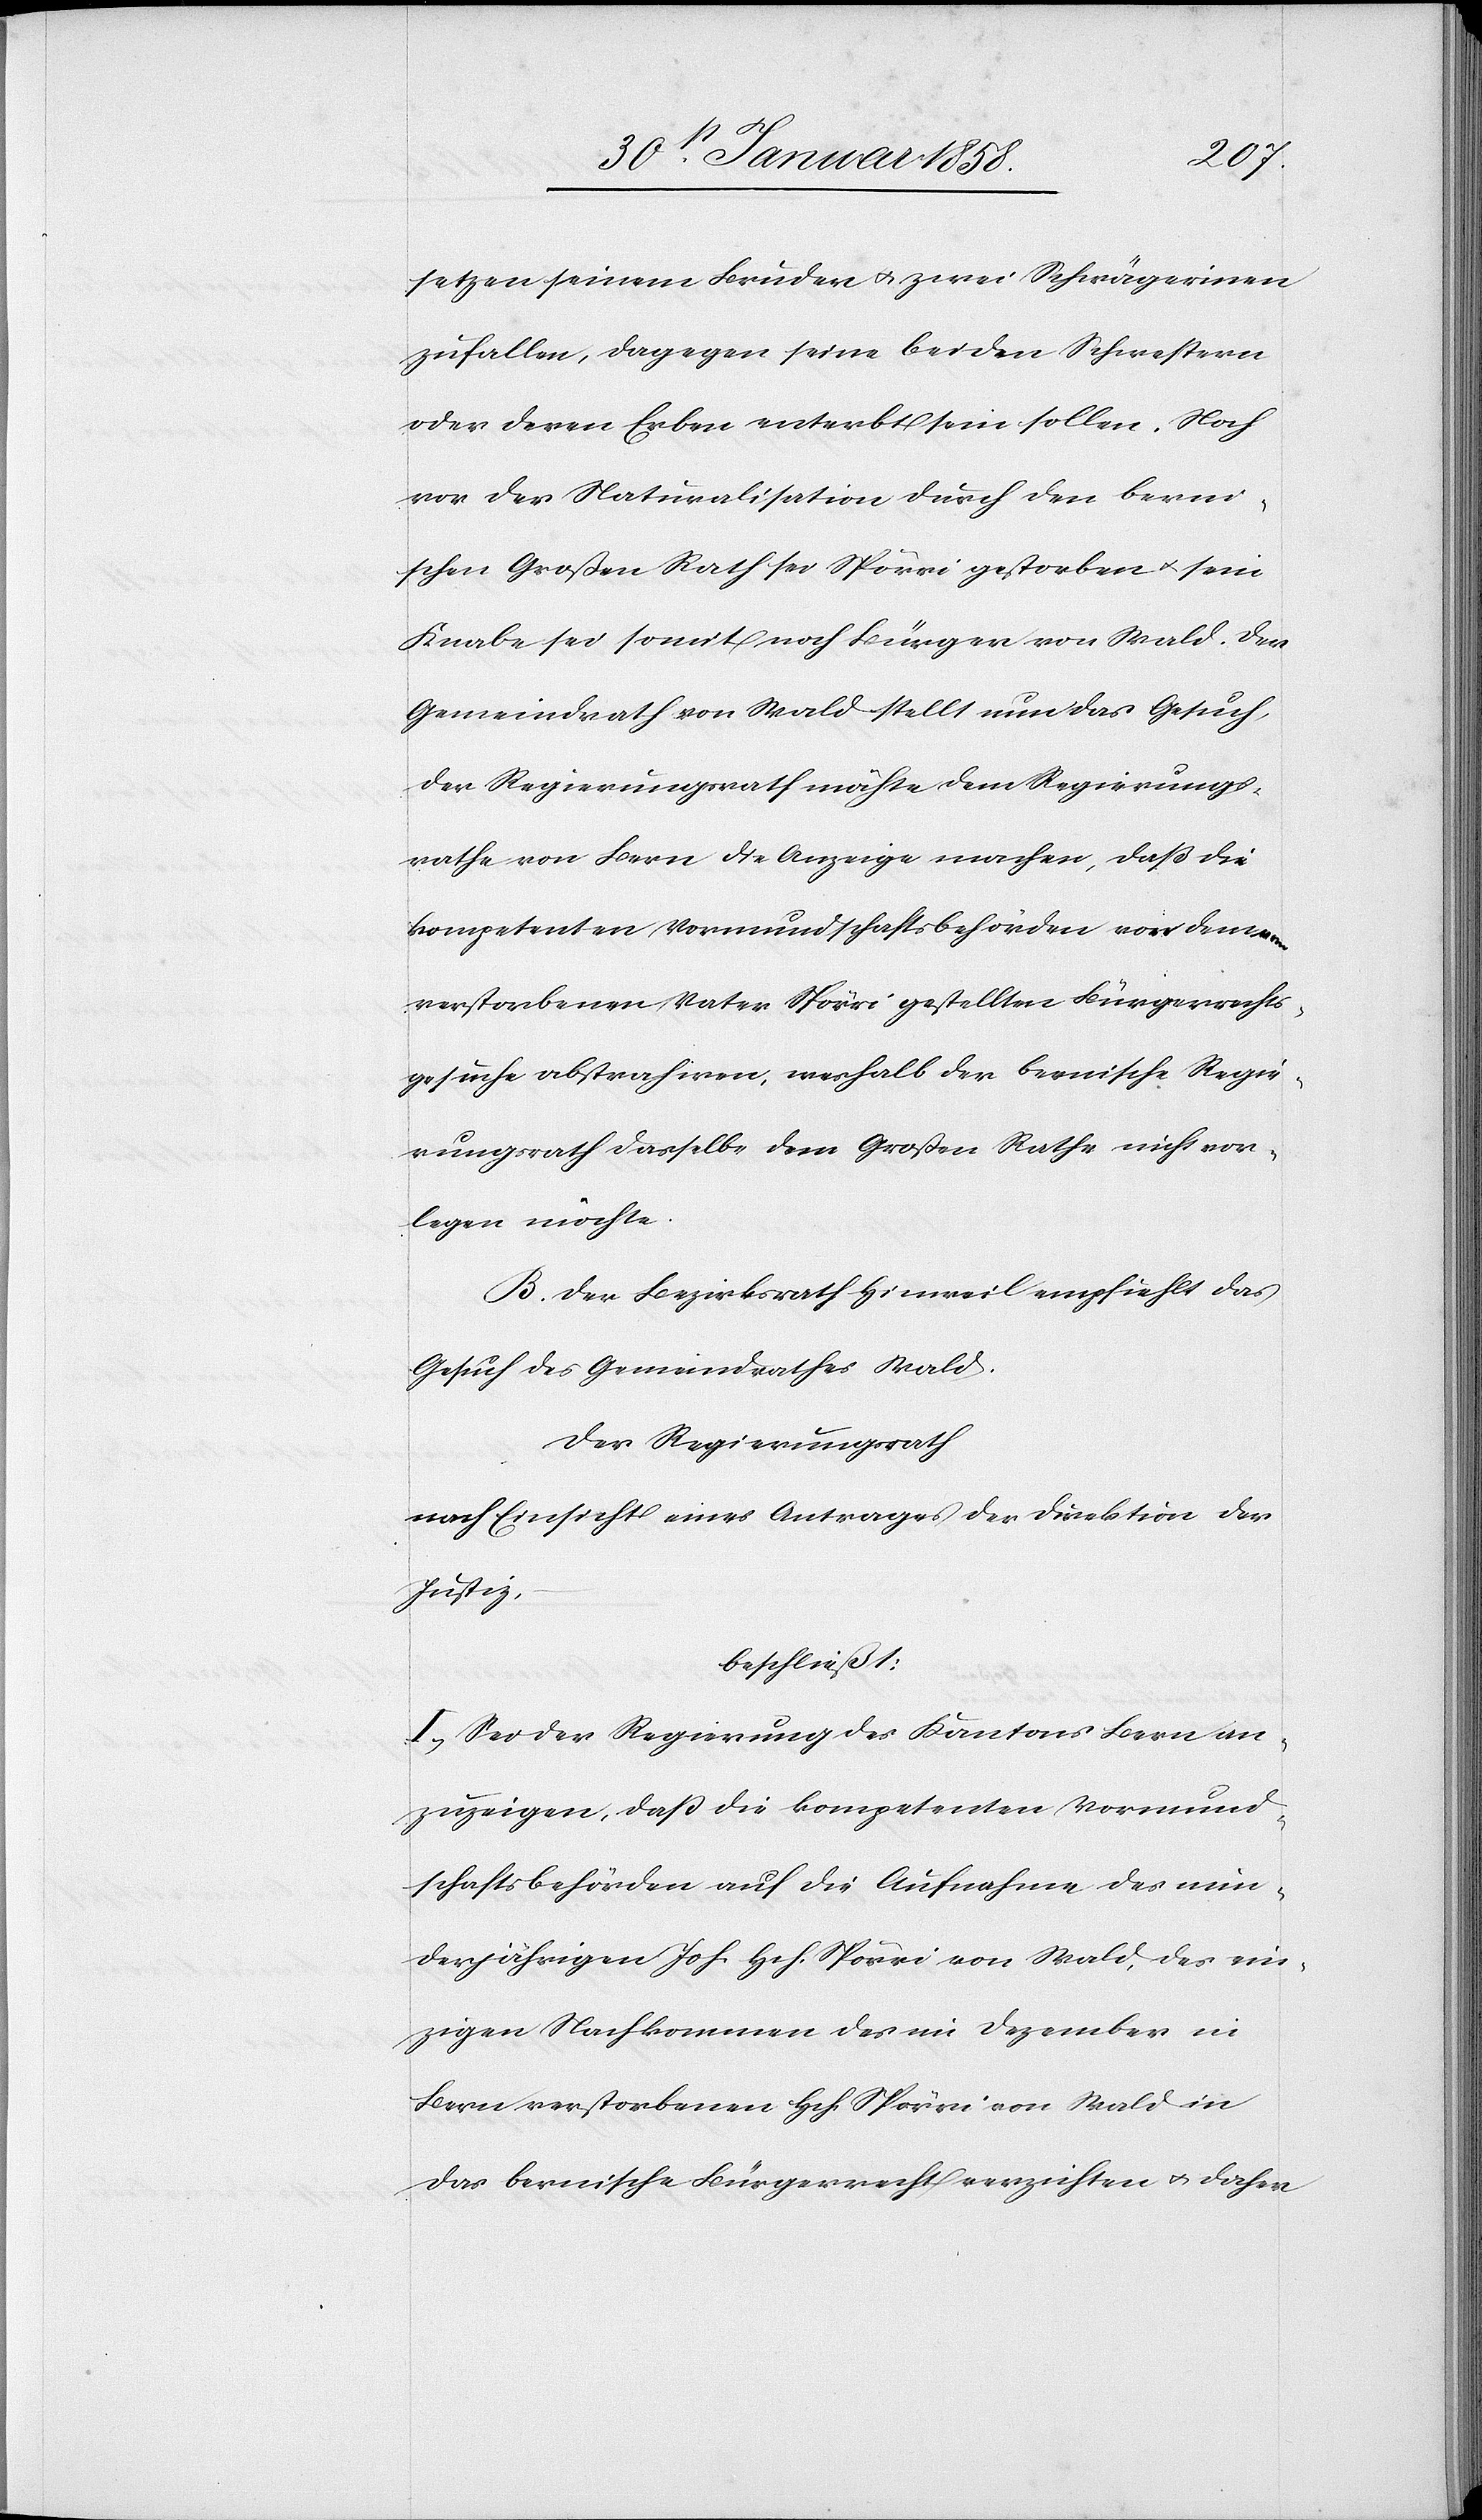
setzen seinem Bruder u. zwei Schwägerinen
zufallen, dagegen seine beiden Schwestern
oder deren Erben enterbt sein sollen. Noch
vor der Naturalisation durch den berni¬
schen Großen Rath sei Spörri gestorben u. sein
Knabe sei somit noch Bürger von Wald. Der
Gemeindrath von Wald stellt nun das Gesuch,
der Regierungsrath möchte dem Regierungs¬
rathe von Bern die Anzeige machen, daß die
kompetenten Vormundschaftsbehörden von dem vom
verstorbenen Vater Spörri gestellten Bürgerrechts¬
gesuche abstrahiren, weshalb der bernische Regie¬
rungsrath dasselbe dem Großen Rathe nicht vor¬
legen möchte.
B. Der Bezirksrath Hinweil empfiehlt das
Gesuch des Gemeindrathes Wald.
Der Regierungsrath
nach Einsicht eines Antrages der Direktion der
Justiz,
beschließt:
I. Sei der Regierung des Kantons Bern an¬
zuzeigen, daß die kompetenten Vormund¬
schaftsbehörden auf die Aufnahme des min¬
derjährigen Joh. Hch. Spörri von Wald, des ein¬
zigen Nachkommen des im Dezember in
Bern verstorbenen Hch. Spörri von Wald in
das bernische Bürgerrecht verzichten u. daher